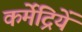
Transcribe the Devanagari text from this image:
कर्मेंद्रियें